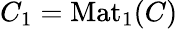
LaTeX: C_{1}=\mathrm{Mat}_{1}(C)